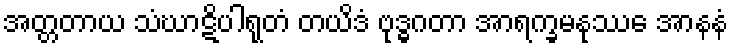
အတ္တတာယ သံဃာဋိပါရုတံ တယိဒံ ဗုဒ္ဓဂတာ အာရက္ခမနုဿေ အာနနံ